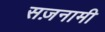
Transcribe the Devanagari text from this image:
सज़नामी